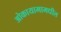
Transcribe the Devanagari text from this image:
ओकायामामधील